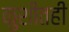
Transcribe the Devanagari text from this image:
कुशीतही